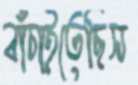
বাঁচাইতেছিস